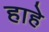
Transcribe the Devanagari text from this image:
हाहे